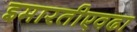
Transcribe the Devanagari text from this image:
इमारतीएवढा